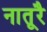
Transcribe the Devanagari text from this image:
नातूरै